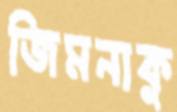
জিমনাকু